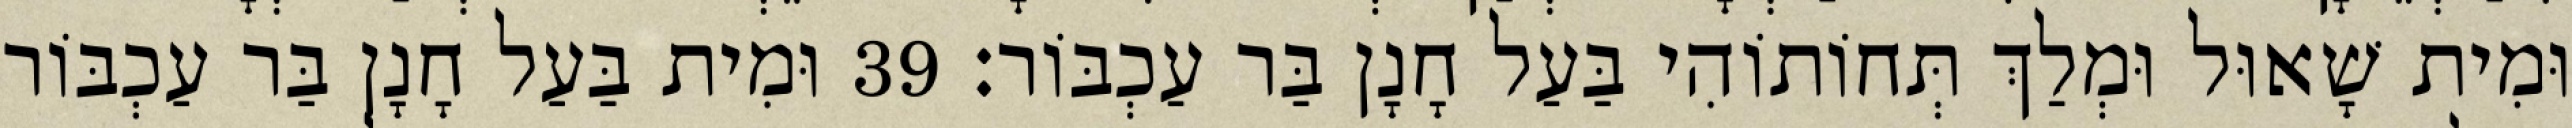
וּמִית שָׁאוּל וּמְלַךְ תְּחוֹתוֹהִי בַּעַל חָנָן בַּר עַכְבּוֹר׃ 39 וּמִית בַּעַל חָנָן בַּר עַכְבּוֹר